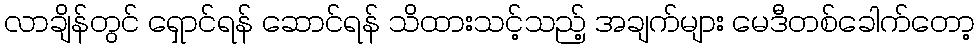
လာချိန်တွင် ရှောင်ရန် ဆောင်ရန် သိထားသင့်သည့် အချက်များ မေဒီတစ်ခေါက်တော့